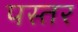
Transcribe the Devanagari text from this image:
पस्तर